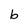
Character: b